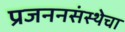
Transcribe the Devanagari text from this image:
प्रजननसंस्थेचा